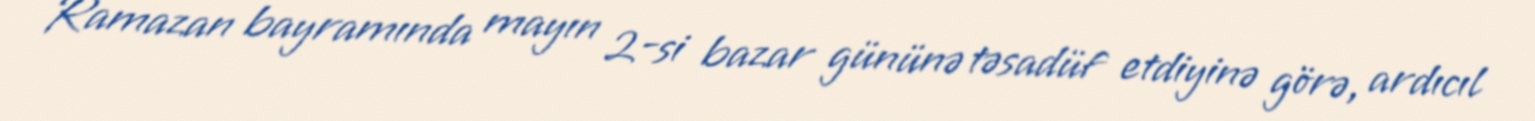
Ramazan bayramında mayın 2-si bazar gününə təsadüf etdiyinə görə, ardıcıl